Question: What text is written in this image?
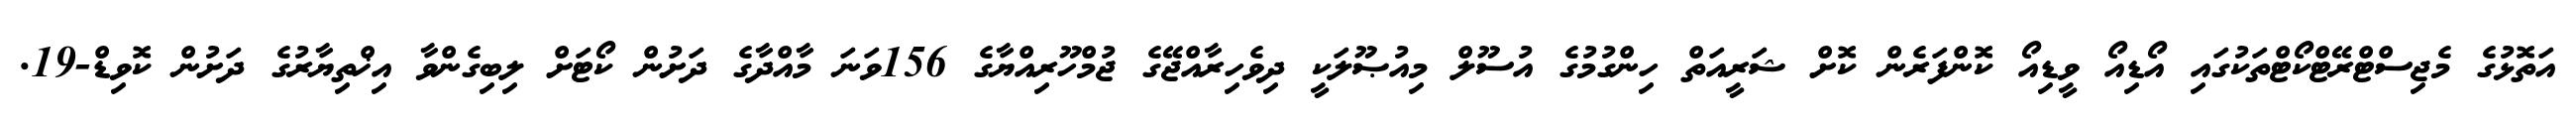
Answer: އަތޮޅުގެ މެޖިސްޓްރޭޓްކޯޓްތަކުގައި އޯޑިއޯ ވީޑިއޯ ކޮންފަރެން ކޮށް ޝަރީއަތް ހިންގުމުގެ އުސޫލް މިއުޞޫލަކީ ދިވެހިރާއްޖޭގެ ޖުމްހޫރިއްޔާގެ 156ވަނަ މާއްދާގެ ދަށުން ކޯޓަށް ލިބިގެންވާ އިޚްތިޔާރުގެ ދަށުން ކޮވިޑް-19.